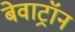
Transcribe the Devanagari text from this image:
बेवाट्रॉन